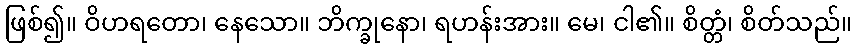
ဖြစ်၍။ ဝိဟရတော၊ နေသော။ ဘိက္ခုနော၊ ရဟန်းအား။ မေ၊ ငါ၏။ စိတ္တံ၊ စိတ်သည်။